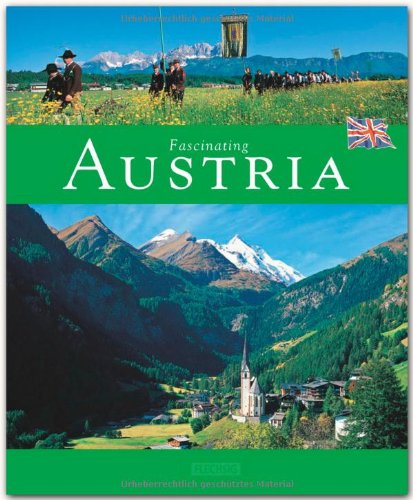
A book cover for Fascinating Austria; Michael Kuhler; Travel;